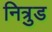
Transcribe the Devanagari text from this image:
नित्रुड